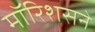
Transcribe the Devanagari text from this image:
मॉरिशसने